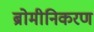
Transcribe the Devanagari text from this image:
ब्रोमीनिकरण